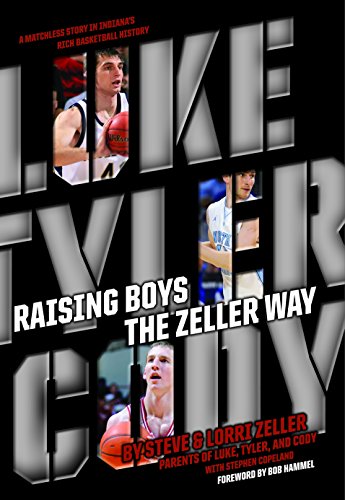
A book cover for Raising Boys the Zeller Way; Steve Zeller; Parenting & Relationships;